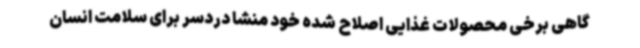
گاهی برخی محصولات غذایی اصلاح شده خود منشا دردسر برای سلامت انسان